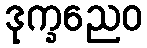
ဒုက္ခညေဝ